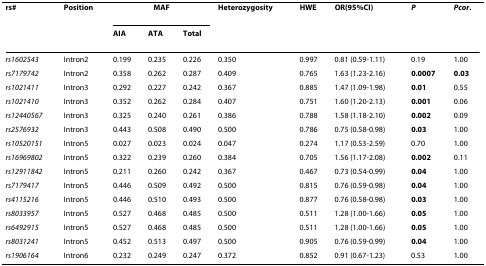
<table><thead><tr><td><b>rs#</b></td><td><b>Position</b></td><td colspan="3"><b>MAF</b></td><td><b>Heterozygosity</b></td><td><b>HWE</b></td><td><b>OR(95%CI)</b></td><td><b><i>P</i></b></td><td><b><i>P</i><sup><i>cor</i>.</sup></b></td></tr><tr><td></td><td></td><td><b>AIA</b></td><td><b>ATA</b></td><td><b>Total</b></td><td></td><td></td><td></td><td></td><td></td></tr></thead><tbody><tr><td><i>rs1602543</i></td><td>Intron2</td><td>0.199</td><td>0.235</td><td>0.226</td><td>0.350</td><td>0.997</td><td>0.81 (0.59-1.11)</td><td>0.19</td><td>1.00</td></tr><tr><td><i>rs7179742</i></td><td>Intron2</td><td>0.358</td><td>0.262</td><td>0.287</td><td>0.409</td><td>0.765</td><td>1.63 (1.23-2.16)</td><td><b>0.0007</b></td><td><b>0.03</b></td></tr><tr><td><i>rs1021411</i></td><td>Intron3</td><td>0.292</td><td>0.227</td><td>0.242</td><td>0.367</td><td>0.885</td><td>1.47 (1.09-1.98)</td><td><b>0.01</b></td><td>0.55</td></tr><tr><td><i>rs1021410</i></td><td>Intron3</td><td>0.352</td><td>0.262</td><td>0.284</td><td>0.407</td><td>0.751</td><td>1.60 (1.20-2.13)</td><td><b>0.001</b></td><td>0.06</td></tr><tr><td><i>rs12440567</i></td><td>Intron3</td><td>0.325</td><td>0.240</td><td>0.261</td><td>0.386</td><td>0.788</td><td>1.58 (1.18-2.10)</td><td><b>0.002</b></td><td>0.09</td></tr><tr><td><i>rs2576932</i></td><td>Intron3</td><td>0.443</td><td>0.508</td><td>0.490</td><td>0.500</td><td>0.786</td><td>0.75 (0.58-0.98)</td><td><b>0.03</b></td><td>1.00</td></tr><tr><td><i>rs10520151</i></td><td>Intron5</td><td>0.027</td><td>0.023</td><td>0.024</td><td>0.047</td><td>0.274</td><td>1.17 (0.53-2.59)</td><td>0.70</td><td>1.00</td></tr><tr><td><i>rs16969802</i></td><td>Intron5</td><td>0.322</td><td>0.239</td><td>0.260</td><td>0.384</td><td>0.705</td><td>1.56 (1.17-2.08)</td><td><b>0.002</b></td><td>0.11</td></tr><tr><td><i>rs12911842</i></td><td>Intron5</td><td>0.211</td><td>0.260</td><td>0.242</td><td>0.367</td><td>0.467</td><td>0.73 (0.54-0.99)</td><td><b>0.04</b></td><td>1.00</td></tr><tr><td><i>rs7179417</i></td><td>Intron5</td><td>0.446</td><td>0.509</td><td>0.492</td><td>0.500</td><td>0.815</td><td>0.76 (0.59-0.98)</td><td><b>0.04</b></td><td>1.00</td></tr><tr><td><i>rs4115216</i></td><td>Intron5</td><td>0.446</td><td>0.510</td><td>0.493</td><td>0.500</td><td>0.877</td><td>0.76 (0.58-0.98)</td><td><b>0.03</b></td><td>1.00</td></tr><tr><td><i>rs8033957</i></td><td>Intron5</td><td>0.527</td><td>0.468</td><td>0.485</td><td>0.500</td><td>0.511</td><td>1.28 (1.00-1.66)</td><td><b>0.05</b></td><td>1.00</td></tr><tr><td><i>rs6492915</i></td><td>Intron5</td><td>0.527</td><td>0.468</td><td>0.485</td><td>0.500</td><td>0.511</td><td>1.28 (1.00-1.66)</td><td><b>0.05</b></td><td>1.00</td></tr><tr><td><i>rs8031241</i></td><td>Intron5</td><td>0.452</td><td>0.513</td><td>0.497</td><td>0.500</td><td>0.905</td><td>0.76 (0.59-0.99)</td><td><b>0.04</b></td><td>1.00</td></tr><tr><td><i>rs1906164</i></td><td>Intron6</td><td>0.232</td><td>0.249</td><td>0.247</td><td>0.372</td><td>0.852</td><td>0.91 (0.67-1.23)</td><td>0.53</td><td>1.00</td></tr></tbody></table>